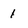
Character: 1